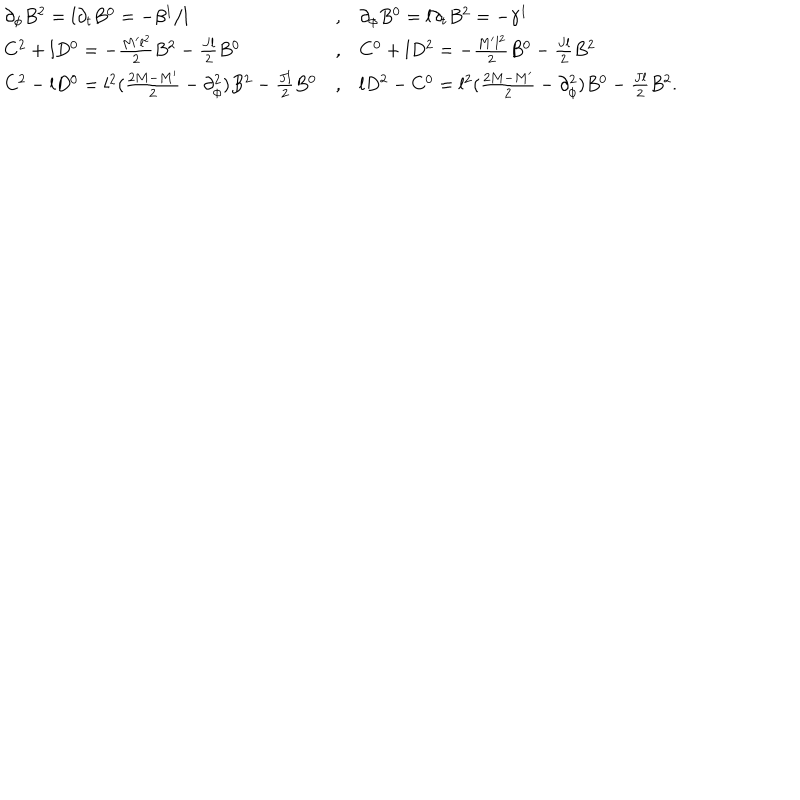
\begin{array} { l l l } { { \partial _ { \phi } B ^ { 2 } = l \partial _ { t } B ^ { 0 } = - \beta ^ { 1 } / l } } & { { , } } & { { \partial _ { \phi } B ^ { 0 } = l \partial _ { t } B ^ { 2 } = - \gamma ^ { 1 } } } \\ { { C ^ { 2 } + l D ^ { 0 } = - \frac { M ^ { \prime } l ^ { 2 } } { 2 } B ^ { 2 } - \frac { J l } { 2 } B ^ { 0 } } } & { { , } } & { { C ^ { 0 } + l D ^ { 2 } = - \frac { M ^ { \prime } l ^ { 2 } } { 2 } B ^ { 0 } - \frac { J l } { 2 } B ^ { 2 } } } \\ { { C ^ { 2 } - l D ^ { 0 } = l ^ { 2 } ( \frac { 2 M - M ^ { \prime } } { 2 } - \partial _ { \phi } ^ { 2 } ) B ^ { 2 } - \frac { J l } { 2 } B ^ { 0 } } } & { { , } } & { { l D ^ { 2 } - C ^ { 0 } = l ^ { 2 } ( \frac { 2 M - M ^ { \prime } } { 2 } - \partial _ { \phi } ^ { 2 } ) B ^ { 0 } - \frac { J l } { 2 } B ^ { 2 } . } } \\ \end{array}